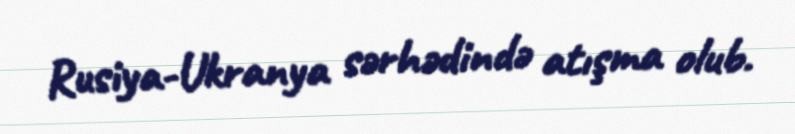
Rusiya-Ukranya sərhədində atışma olub.